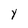
Character: Y